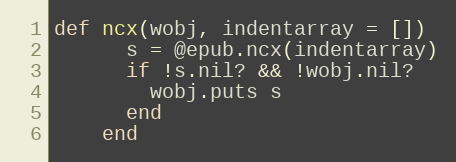
Language: Ruby
def ncx(wobj, indentarray = [])
      s = @epub.ncx(indentarray)
      if !s.nil? && !wobj.nil?
        wobj.puts s
      end
    end